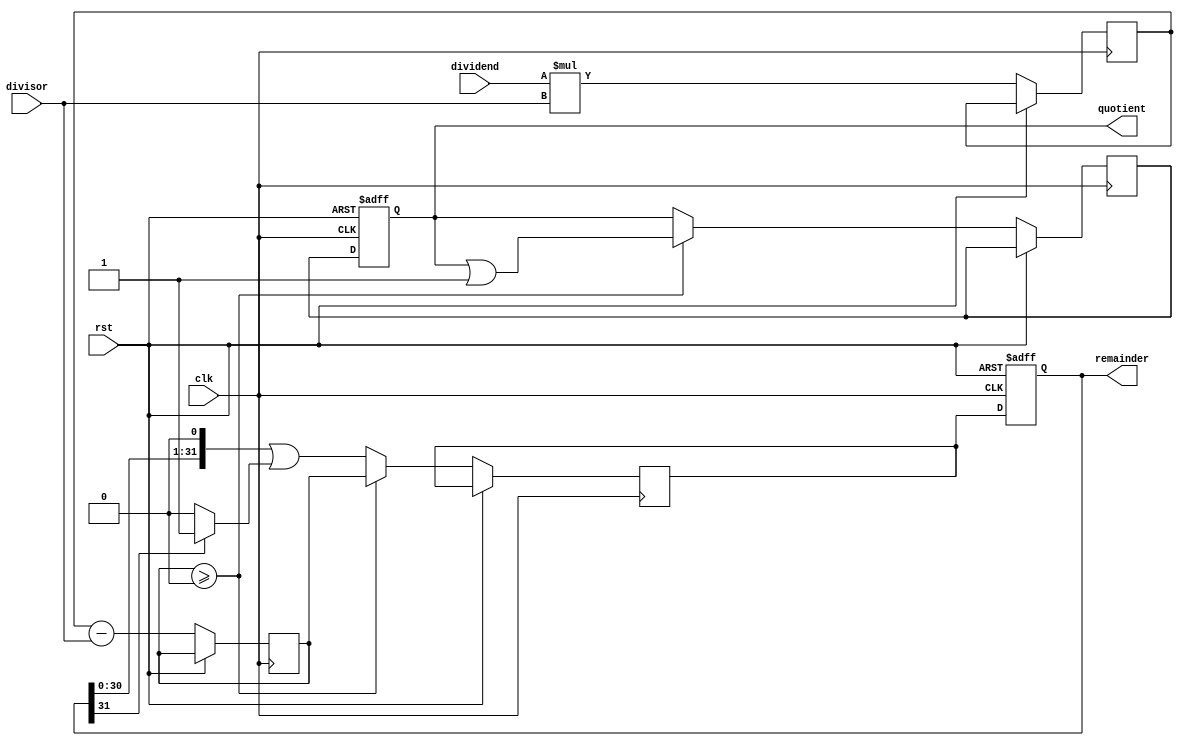
module synchronous_divider(
    input wire [31:0] dividend,
    input wire [31:0] divisor,
    input wire clk,
    input wire rst,
    output reg [31:0] quotient,
    output reg [31:0] remainder
);

reg [31:0] partial_product;
reg [31:0] subtractor_output;
reg [31:0] new_remainder;
reg [31:0] new_quotient;

always @(posedge clk or posedge rst) begin
    if(rst) begin
        quotient <= 0;
        remainder <= 0;
    end else begin
        partial_product <= dividend * divisor;
        subtractor_output <= partial_product - divisor;
        new_remainder <= (remainder << 1) | (remainder[31] ? 1'b1 : 1'b0);
        
        if(subtractor_output >= 0) begin
            new_remainder <= subtractor_output;
            new_quotient <= quotient | (1 << 0);
        end else begin
            new_quotient <= quotient;
        end
        
        quotient <= new_quotient;
        remainder <= new_remainder;
    end
end

endmodule